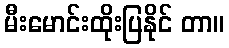
မီးမောင်းထိုးပြနိုင် တာ။